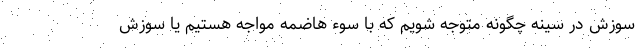
سوزش در سینه چگونه متوجه شویم که با سوء هاضمه مواجه هستیم یا سوزش